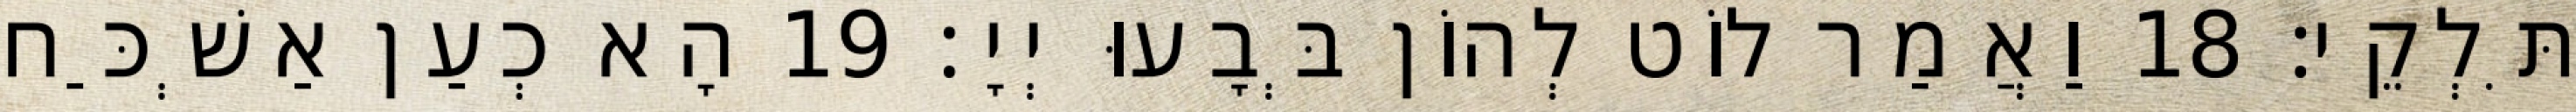
תִּלְקֵי׃ 18 וַאֲמַר לוֹט לְהוֹן בְּבָעוּ יְיָ׃ 19 הָא כְעַן אַשְׁכַּח